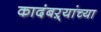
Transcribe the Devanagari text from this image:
कादंबऱ्यांच्या